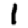
Digit: 1